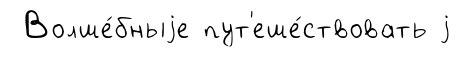
Волше́бныjе пут'еше́ствовать j